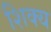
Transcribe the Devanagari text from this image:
शिक्य